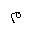
Letter: _mim